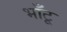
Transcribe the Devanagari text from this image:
भाँटू